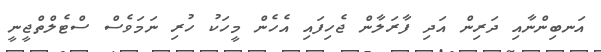
އަނބިންނާއި ދަރިން އަދި ފާރަލާން ޖެހިފައި އެހެން މީހަކު ހުރި ނަމަވެސް ސްޓެލްތްޖީނީ